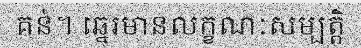
គន់។ ឆ្នេរមានលក្ខណៈសម្បត្តិ